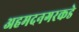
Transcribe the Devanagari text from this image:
अहमदनगरकडे